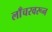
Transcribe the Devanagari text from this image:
लाँचरवरून